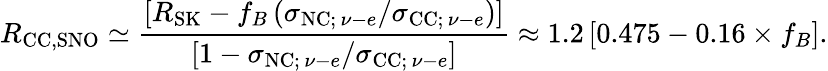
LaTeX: R_{\mathrm{CC,SNO}}\simeq\frac{\left[R_{\mathrm{SK}}-f_{B}\left(\sigma_{\mathrm{NC;}\, \nu-e}/\sigma_{\mathrm{CC;}\, \nu-e}\right)\right]}{\left[1-\sigma_{\mathrm{NC;}\, \nu-e}/\sigma_{\mathrm{CC;}\, \nu-e}\right]}\approx 1.2\left[0.475-0.16\times f_{B}\right].